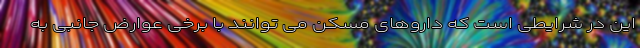
این در شرایطی است که داروهای مسکن می توانند با برخی عوارض جانبی به